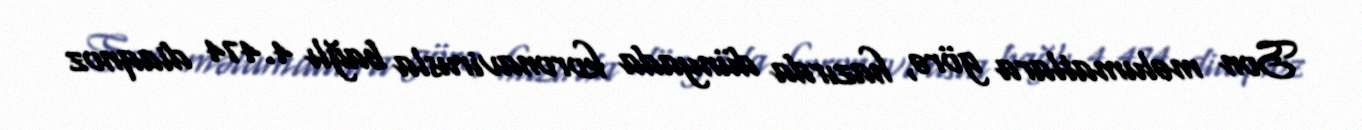
Son məlumatlara görə, hazırda dünyada koronavirusla bağlı 4.474 diaqnoz